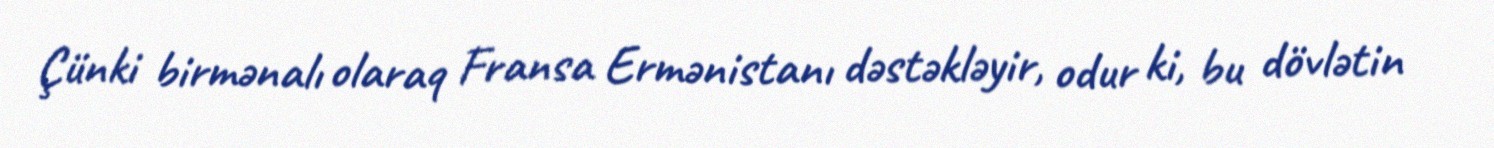
Çünki birmənalı olaraq Fransa Ermənistanı dəstəkləyir, odur ki, bu dövlətin